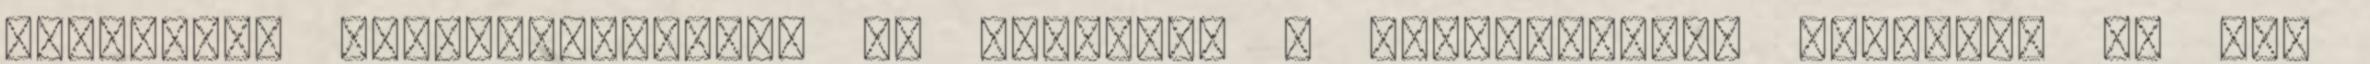
döntsenek lelkiismeretük, az igazság, a méltányosság szerint, ha egy